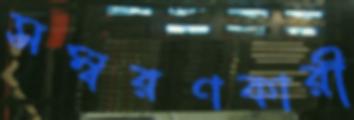
সম্বরণকারী